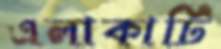
এলাকাটি